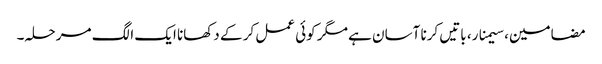
مضامین، سیمنار، باتیں کرنا آسان ہے مگر کوئی عمل کر کے دکھانا ایک الگ مرحلہ۔